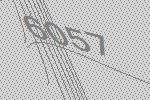
6057